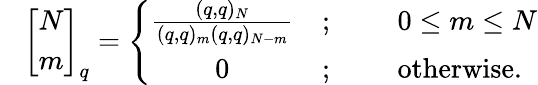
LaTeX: \; \; \; \left[\begin{array}{c}{{N}}\\ {{m}}\end{array}\right]_{q}=\left\{ \begin{array}{cll}{{\frac{(q,q)_{N}}{(q,q)_{m}(q,q)_{N-m}}}}&{{;}}&{{\; \; \; \; \; 0\leq m\leq N}}\\ {{0}}&{{;}}&{{\; \; \; \; \; \mathrm{otherwise.}}}\end{array}\right.